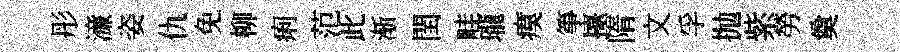
彤濓姿仇免柳痢范此渐閏畦瓏瘼箏擡隋文孚抛紫勞奠